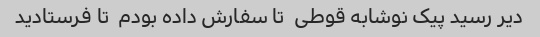
دیر رسید پیک نوشابه قوطی  تا سفارش داده بودم  تا فرستادید